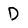
Character: D